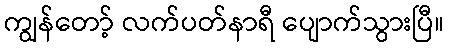
ကျွန်တော့် လက်ပတ်နာရီ ပျောက်သွားပြီ။